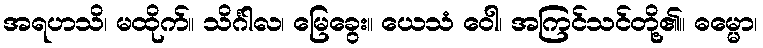
အရဟသိ၊ မထိုက်။ သိင်္ဂါလ၊ မြေခွေး။ ယေသံ ဝေါ၊ အကြင်သင်တို့၏။ ဓမ္မော၊